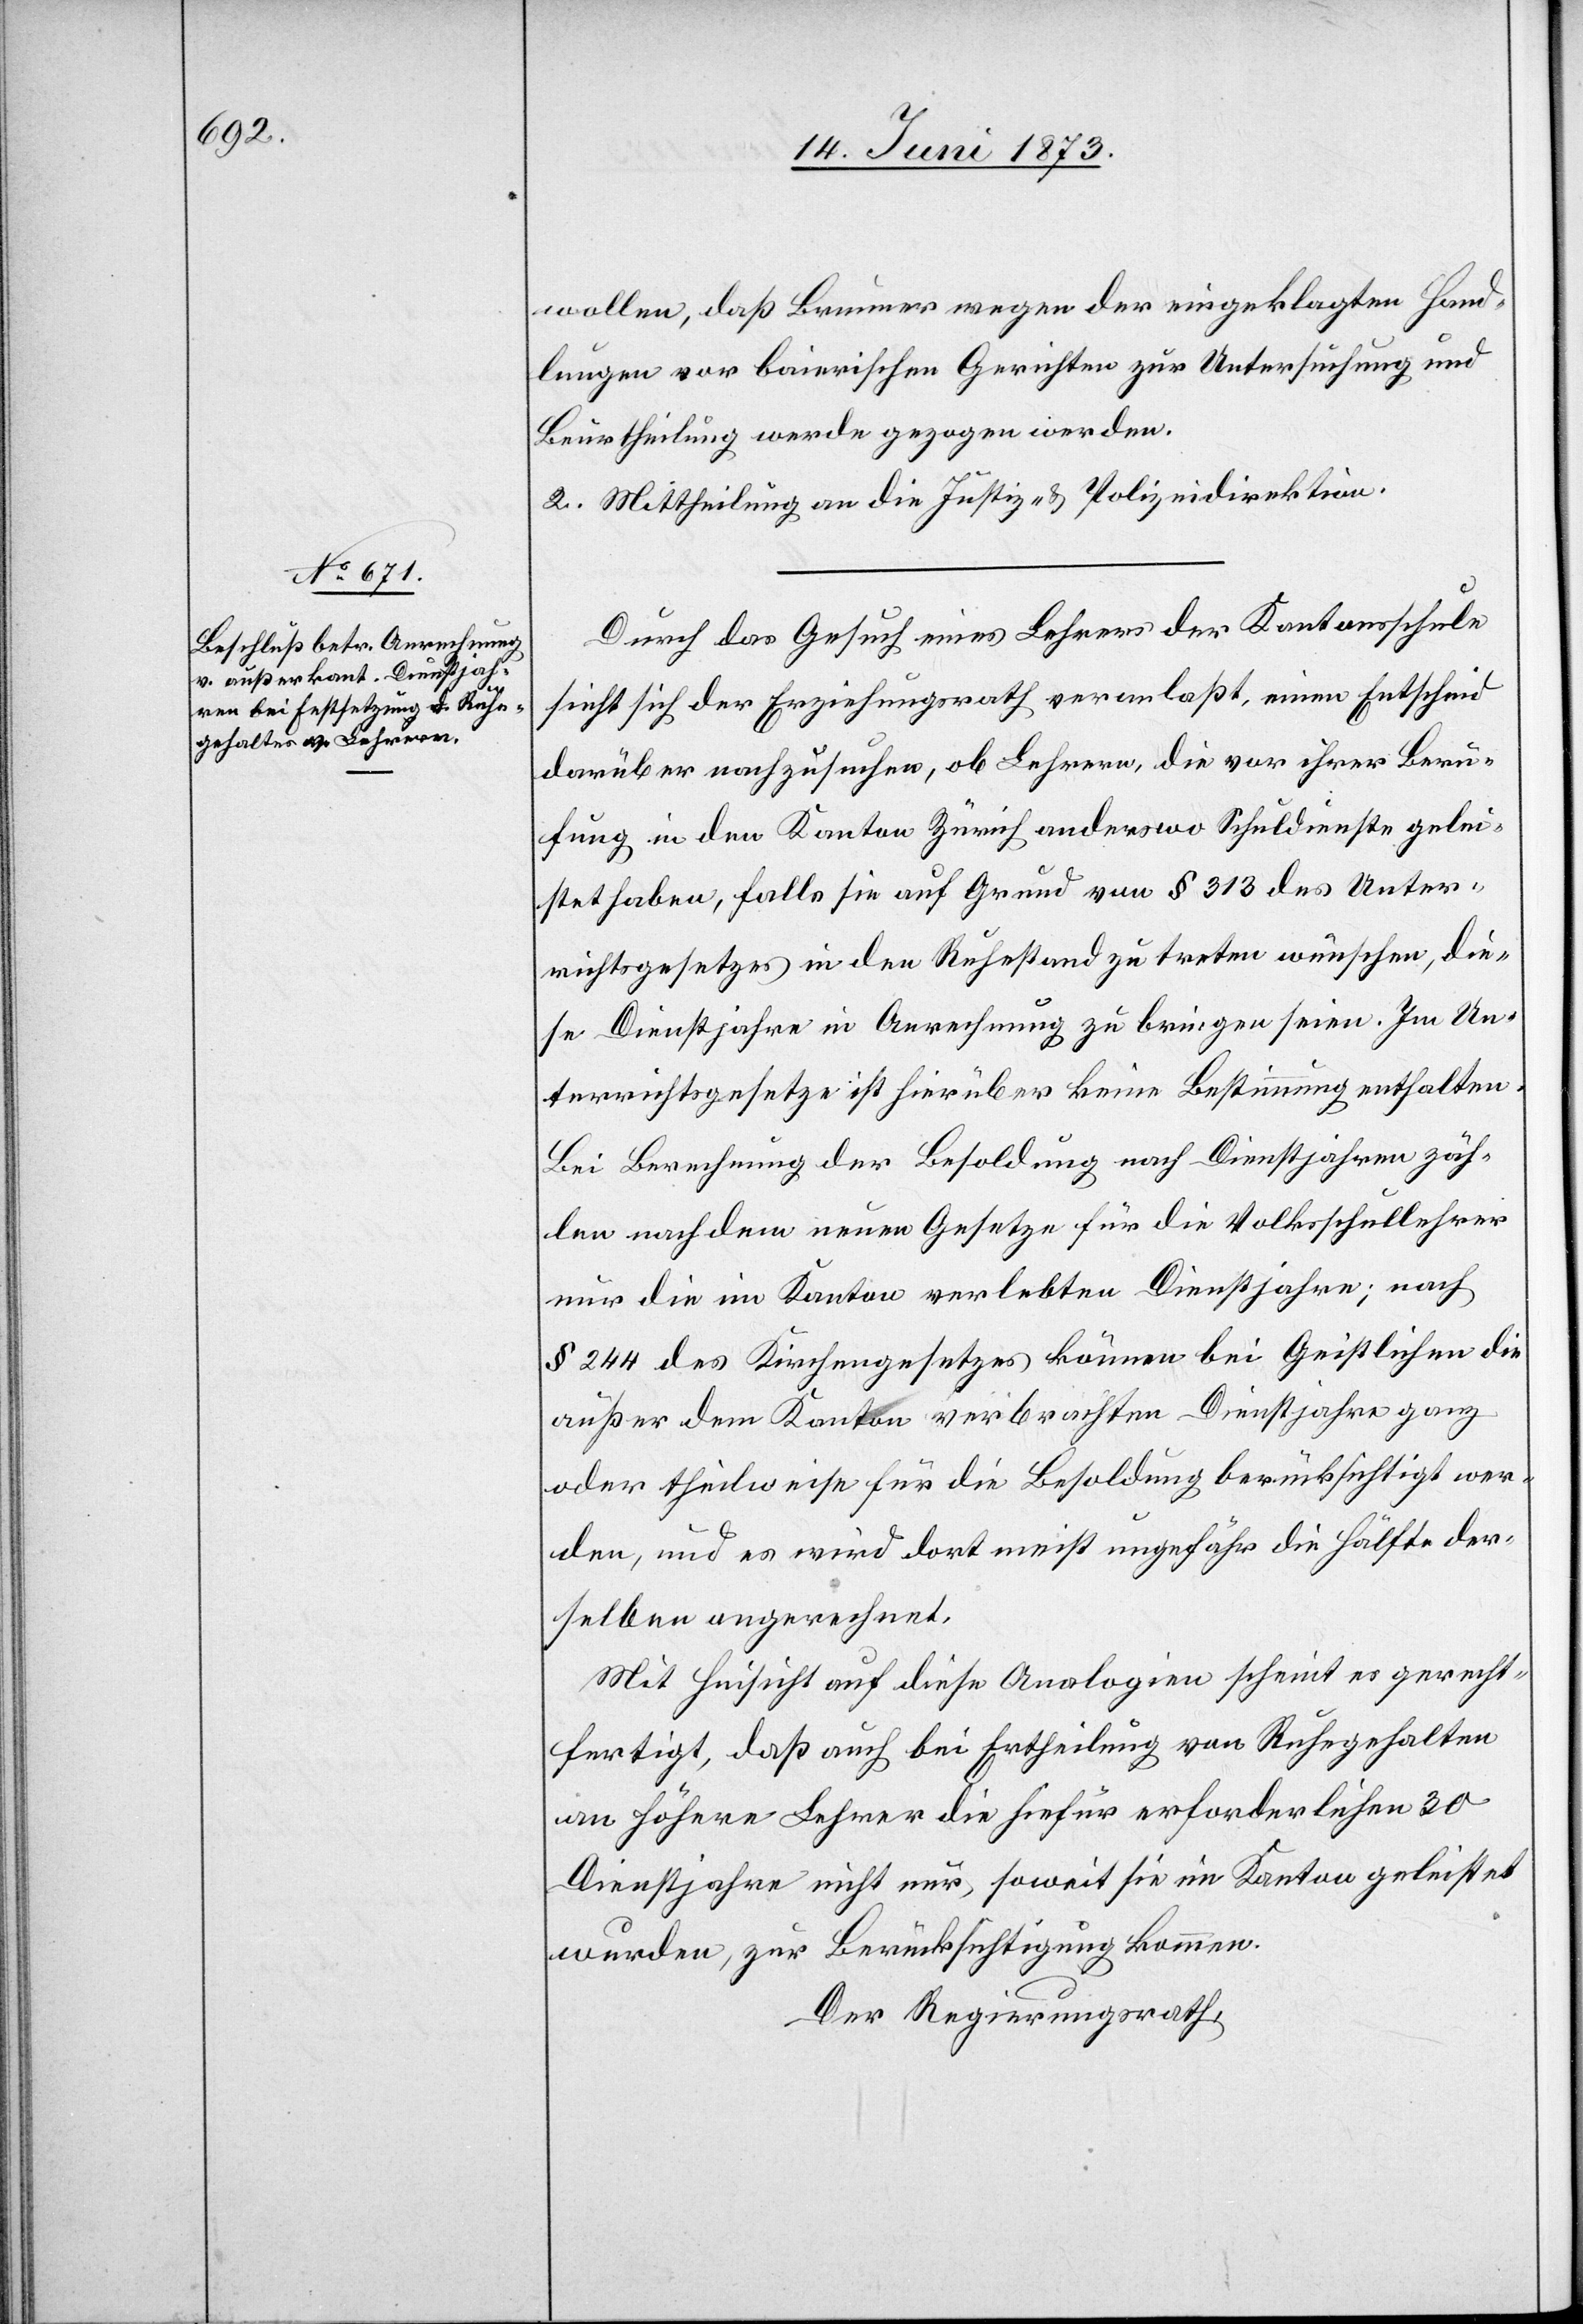
wollen, daß Brunner wegen der eingeklagten Hand¬
lungen vor baierischen Gerichten zur Untersuchung und
Beurtheilung werde gezogen werden.
2. Mittheilung an die Justiz- & Polizeidirektion.
Durch das Gesuch eines Lehrers der Kantonsschule
sieht sich der Erziehungsrath veranlaßt, einen Entscheid
darüber nachzusuchen, ob Lehrern, die vor ihrer Beru¬
fung in den Kanton Zürich anderswo Schuldienste gelei¬
stet haben, falls sie auf Grund von § 313 des Unter¬
richtsgesetzes in den Ruhestand zu treten wünschen, die¬
se Dienstjahre in Anrechnung zu bringen seien. Im Un¬
terrichtsgesetze ist hierüber keine Bestimmung enthalten.
Bei Berechnung der Besoldung nach Dienstjahren zäh¬
len nach dem neuen Gesetze für die Volksschullehrer
nur die im Kanton verlebten Dienstjahre; nach
§ 244 des Kirchengesetzes können bei Geistlichen die
außer dem Kanton verbrachten Dienstjahre ganz
oder theilweise für die Besoldung berücksichtigt wer¬
den, und es wird dort meist ungefähr die Hälfte der¬
selben angerechnet.
Mit Hinsicht auf diese Analogien scheint es gerecht¬
fertigt, daß auch bei Ertheilung von Ruhegehalten
an höhere Lehrer die hiefür erforderlichen 30
Dienstjahre nicht nur, soweit sie im Kanton geleistet
wurden, zur Berücksichtigung kommen.
Der Regierungsrath,